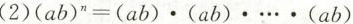
（2） $$（ a b ） ^{n} = （ a b ） \cdot （ a b ) \cdot … \cdot （ a b )$$